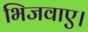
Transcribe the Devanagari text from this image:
भिजवाए।